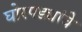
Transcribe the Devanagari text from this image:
घोरपड्यांचे